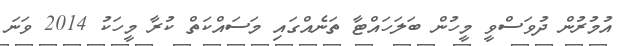
އުމުރުން ދުވަސްވީ މީހުން ބަލަހައްޓާ ތަނެއްގައި މަސައްކަތް ކުރާ މީހަކު 2014 ވަނަ